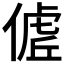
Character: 𬿖